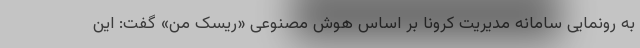
به رونمایی سامانه مدیریت کرونا بر اساس هوش مصنوعی «ریسک من» گفت: این